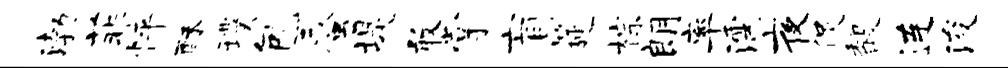
渤菲怦酥璞包蜃堤敢掌盲筵棕朗率濡夜促馥连浚